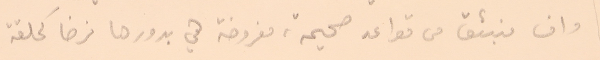
وان ينبثق من قواعد صحيحة، مفروضة هي بدورها فرضا كحلقة